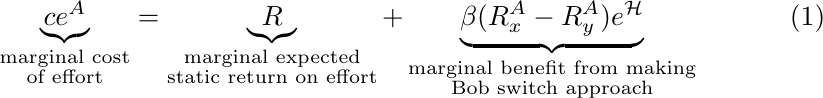
\begin{equation}\label{exintro2}
\underbrace{ce^A}_{\substack{\text{marginal cost} \\ \text{of effort}}} = \underbrace{R}_{\substack{\text{marginal expected} \\ \text{static return on effort} }} + \underbrace{\beta(R^A_x - R^A_y)e^{\mathcal{H}}}_{\substack{\text{marginal benefit from making} \\ \text{Bob switch approach}}}
\end{equation}